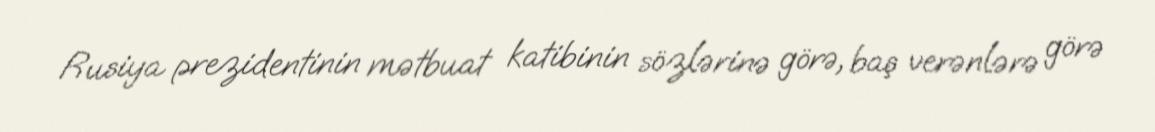
Rusiya prezidentinin mətbuat katibinin sözlərinə görə, baş verənlərə görə